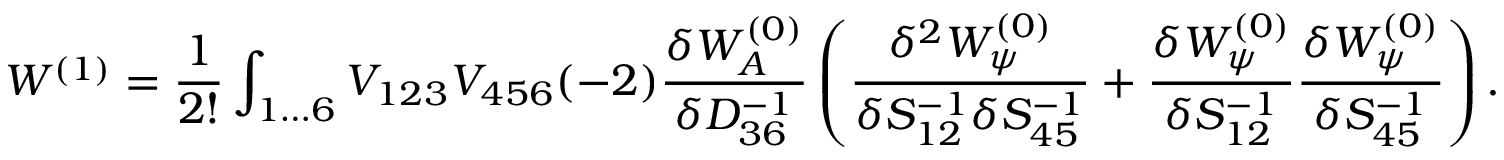
W ^ { ( 1 ) } = \frac { 1 } { 2 ! } \int _ { 1 \ldots 6 } V _ { 1 2 3 } V _ { 4 5 6 } ( - 2 ) \frac { \delta W _ { A } ^ { ( 0 ) } } { \delta D _ { 3 6 } ^ { - 1 } } \left( \frac { \delta ^ { 2 } W _ { \psi } ^ { ( 0 ) } } { \delta S _ { 1 2 } ^ { - 1 } \delta S _ { 4 5 } ^ { - 1 } } + \frac { \delta W _ { \psi } ^ { ( 0 ) } } { \delta S _ { 1 2 } ^ { - 1 } } \frac { \delta W _ { \psi } ^ { ( 0 ) } } { \delta S _ { 4 5 } ^ { - 1 } } \right) .